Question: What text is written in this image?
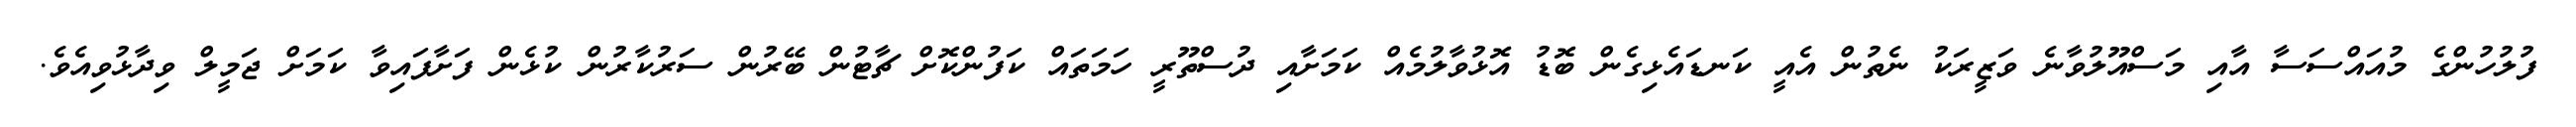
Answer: ފުލުހުންގެ މުއައްސަސާ އާއި މަސްއޫލުވާނެ ވަޒީރަކު ނެތުން އެއީ ކަނޑައެޅިގެން ބޮޑު އޮޅުވާލުމެއް ކަމަށާއި ދުސްތޫރީ ހަމަތައް ކަފުންކޮށް ޗާޓުން ބޭރުން ސަރުކާރުން ކުޅެން ފަށާފައިވާ ކަމަށް ޖަމީލް ވިދާޅުވިއެވެ.